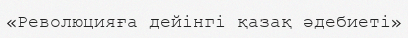
«Революцияға дейінгі қазақ әдебиеті»